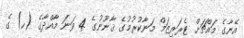
އޭނާގެ މައްޗަށް ޓެރަރިޒަމް މަނާކުރުމުގެ ޤާނޫނުގެ 4 ވަނަ މާއްދާގެ (ހ) ގެ